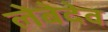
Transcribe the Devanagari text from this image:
लेबेदेव